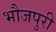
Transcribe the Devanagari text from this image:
भौजपुरी